Indian journal of veterinary science and animal husbandry - Volume 11,
Year: 1941
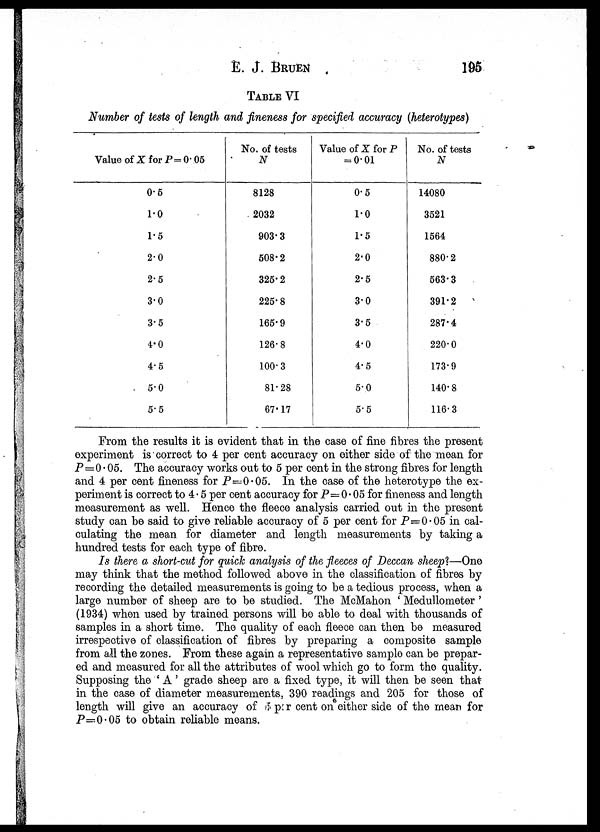
E. J. BRUEN 195
TABLE VI
Number of tests of length and fineness for specified accuracy (heterotypes)
Value of X for P= 0.05
0.5
1.0
1.5
2.0
2.5
3.0
3.5
4.0
4.5
5.0
5.5
No. of tests
N
8128
2032
903.3
508.2
326.2
225.8
165.9
126.8
100.3
81.28
67.17
Value of X for P
= 0.01
0.5
1.0
1.5
2.0
2.5
3.0
3.5
4.0
4.5
5.0
5.5
No. of tests
N
14080
3521
1564
880.2
563.3
391.2
287.4
220.0
173.9
140.8
116.3
From the results it is evident that in the case of fine fibres the present
experiment is correct to 4 per cent accuracy on either side of the mean for
P=0.05. The accuracy works out to 5 per cent in the strong fibres for length
and 4 per cent fineness for P=0.05. In the case of the heterotype the ex-
periment is correct to 4.5 per cent accuracy for P=0.05 for fineness and length
measurement as well. Hence the fleece analysis carried out in the present
study can be said to give reliable accuracy of 5 per cent for P—0.05 in cal-
culating the mean for diameter and length measurements by taking a
hundred tests for each type of fibre.
Is there a short-cut for quick analysis of the fleeces of Deccan sheep?—One
may think that the method followed above in the classification of fibres by
recording the detailed measurements is going to be a tedious process, when a
large number of sheep are to be studied. The McMahon ' Medullometer '
(1934) when used by trained persons will be able to deal with thousands of
samples in a short time. The quality of each fleece can then be measured
irrespective of classification of fibres by preparing a composite sample
from all the zones. From these again a representative sample can be prepar-
ed and measured for all the attributes of wool which go to form the quality.
Supposing the ' A' grade sheep are a fixed type, it will then be seen that
in the case of diameter measurements, 390 readings and 205 for those of
length will give an accuracy of 5 per cent on either side of the mean for
P=0.05 to obtain reliable means.